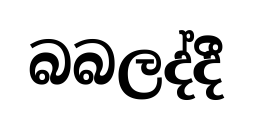
බබලද්දී